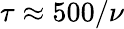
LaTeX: \tau\approx 500/\nu